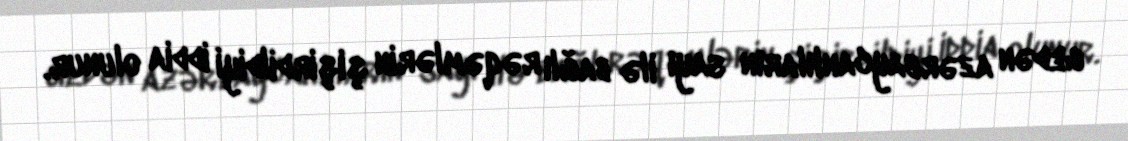
gedən azərbaycanlıların sayı ilə bağlı rəqəmlərin şişirdildiyi iddia olunur.